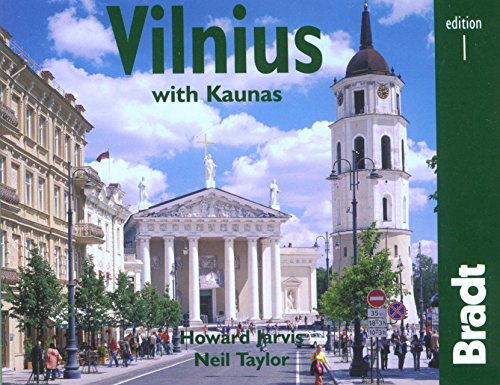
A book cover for Vilnius with Kaunas: The Bradt City Guide (Bradt Mini Guide); Howard Jarvis; Travel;